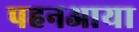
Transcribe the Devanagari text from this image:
पहनआया